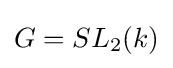
G=SL_{2}(k)